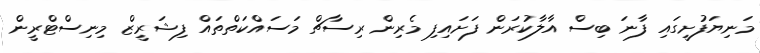
މަނިޔަފުށީގައި ފާނަ ބިސް އާލާކުރަން ފަށައިފި މެރިން ރިސާޗް މަސައްކަތްތައް ފިޝަރީޒް މިނިސްޓްރީން